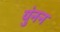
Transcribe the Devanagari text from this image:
युंनन